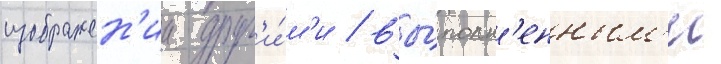
изображен'ии друг'и́м'и / вы́полн'енным'и